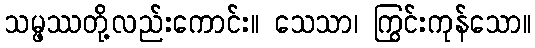
သမ္ဖဿတို့လည်းကောင်း။ သေသာ၊ ကြွင်းကုန်သော။